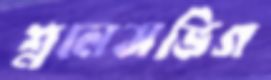
শ্ললেসভিগ